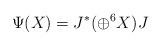
LaTeX: \begin{align*}\Psi(X)=J^* (\oplus^6 X) J\end{align*}